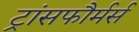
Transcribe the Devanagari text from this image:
ट्रांसफौर्मर्स